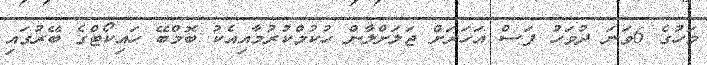
މަހުގެ 6ވަނަ ދުވަހު ފަސް އަހަރަށް ޖަލަށްލާން ހުކުމްކުރުމާއިއެކު ބޮމްބޭ ހައިކޯޓްގެ ބޭރުގައި